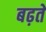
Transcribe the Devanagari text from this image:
बढ़तें